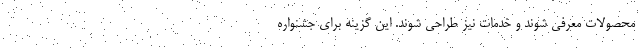
محصولات معرفی شوند و خدمات نیز طراحی شوند. این گزینه برای جشنواره